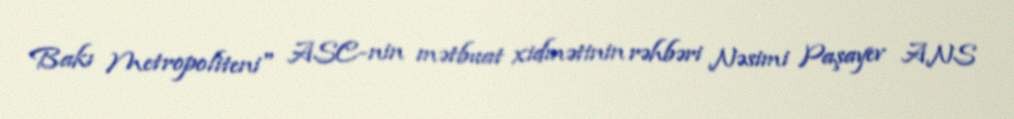
Bakı Metropoliteni" ASC-nin mətbuat xidmətinin rəhbəri Nəsimi Paşayev ANS